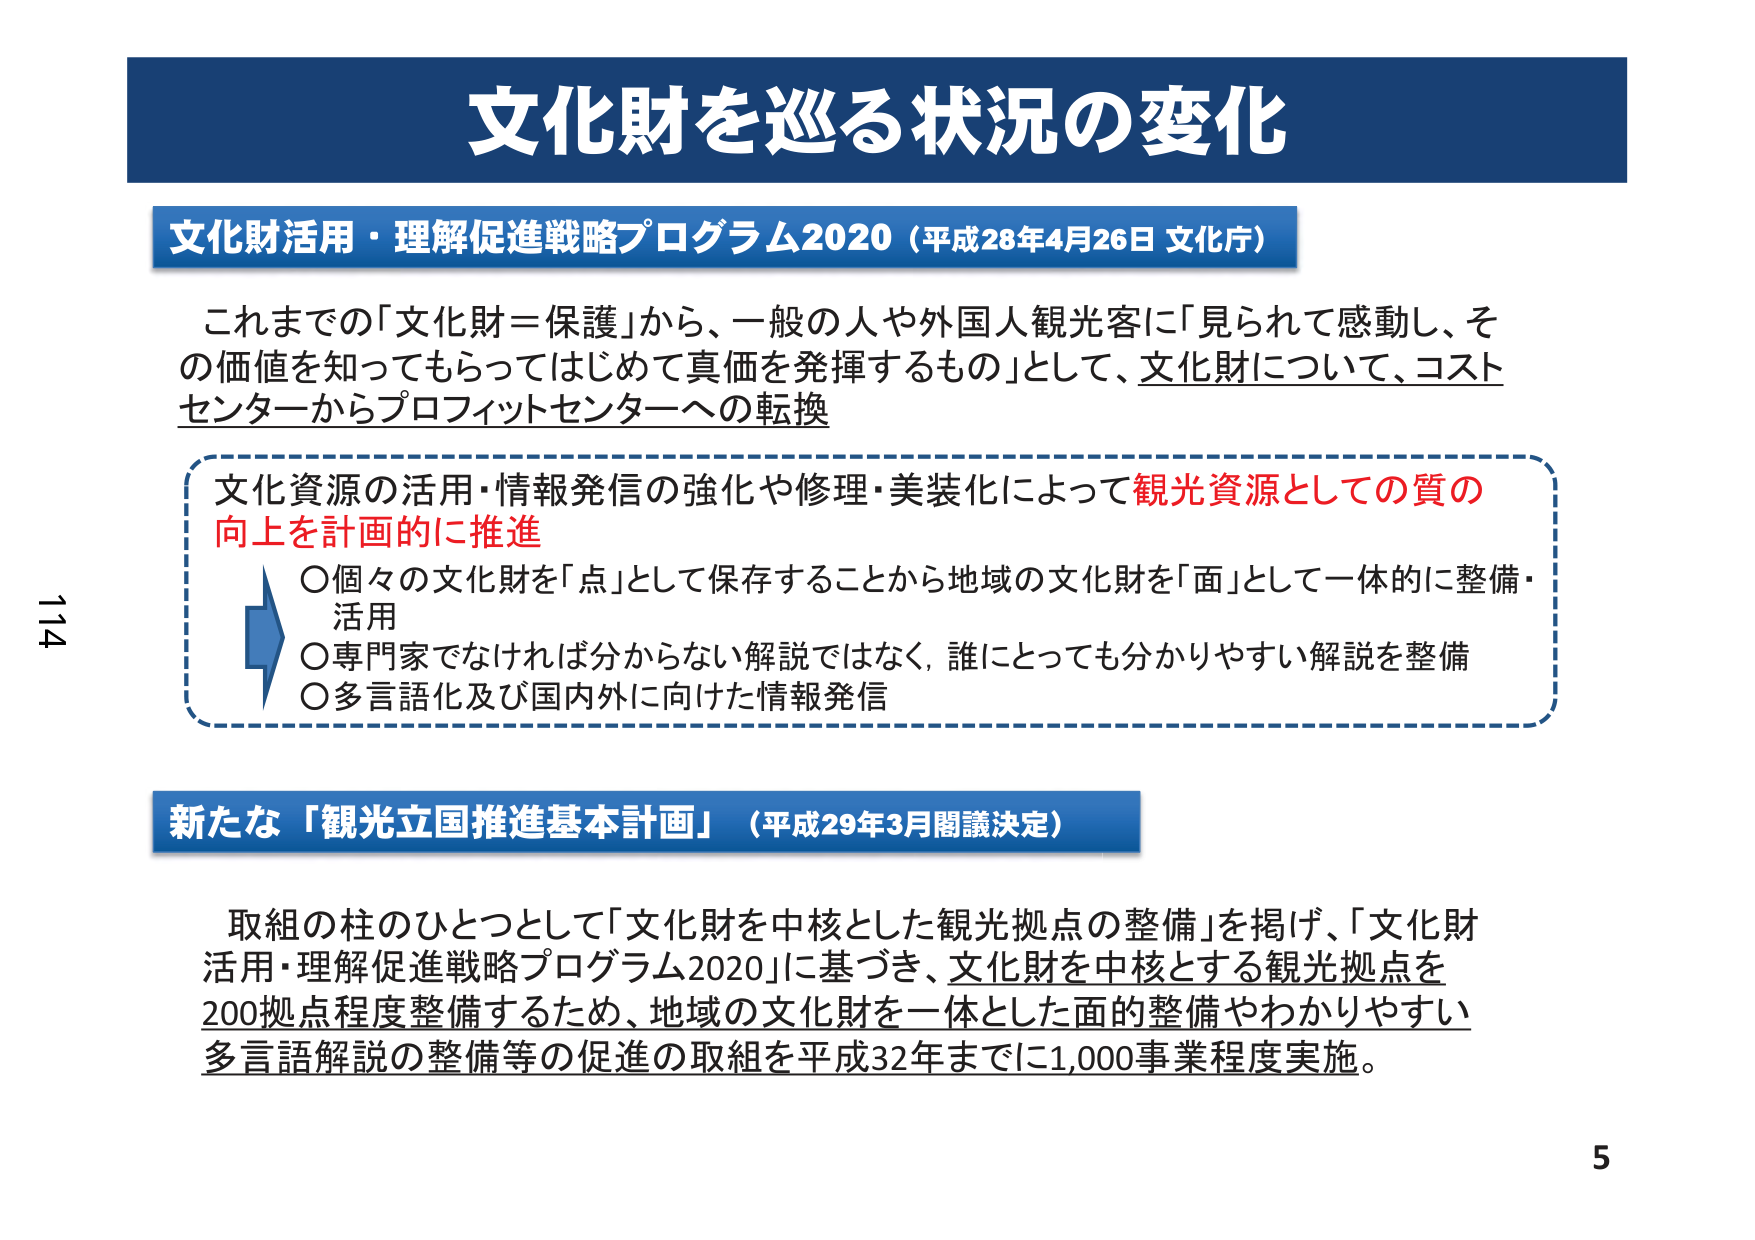
文化財を巡る状況の変化

文化財活用・理解促進戦略プログラム2020（平成28年4月26日 文化庁）

これまでの「文化財＝保護」から、一般の人や外国人観光客に「見られて感動し、その価値を知ってもらってはじめて真価を発揮するもの」として、文化財について、コストセンターからプロフィットセンターへの転換

文化資源の活用・情報発信の強化や修理・美装化によって観光資源としての質の向上を計画的に推進
○個々の文化財を「点」として保存することから地域の文化財を「面」として一体的に整備・活用
○専門家でなければ分からない解説ではなく、誰にとっても分かりやすい解説を整備
○多言語化及び国内外に向けた情報発信

新たな「観光立国推進基本計画」（平成29年3月閣議決定）

取組の柱のひとつとして「文化財を中核とした観光拠点の整備」を掲げ、「文化財活用・理解促進戦略プログラム2020」に基づき、文化財を中核とする観光拠点を200拠点程度整備するため、地域の文化財を一体とした面的整備やわかりやすい多言語解説の整備等の促進の取組を平成32年までに1,000事業程度実施。

114
5